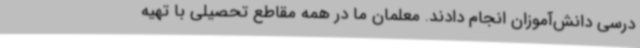
درسی دانش‌آموزان انجام دادند. معلمان ما در همه مقاطع تحصیلی با تهیه